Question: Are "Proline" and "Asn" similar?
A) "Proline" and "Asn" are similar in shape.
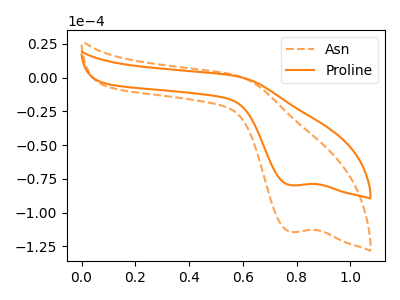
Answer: <think>The orange dashed curve "Asn" has a cathodic peak at: (0.80V, -114.25uA). The orange curve "Proline" has a cathodic peak at: (0.80V, -79.75uA).
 All the peaks in "Proline" have a peak in "Asn" at the same potential. Every peak in "Proline" is lower than every peak in "Asn".</think>
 <answer>A) "Proline" and "Asn" are similar in shape.</answer>
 <eval>A</eval>